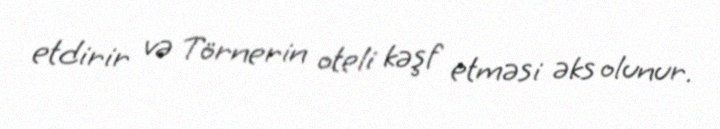
etdirir və Törnerin oteli kəşf etməsi əks olunur.